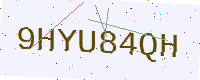
Text: 9HYU84QH